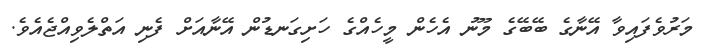
މަރުވެފައިވާ އޭނާގެ ބޭބޭގެ މޫނު އެހެން މީހެއްގެ ހަށިގަނޑުން އޭނާއަށް ފެނި އަތްލެވިއްޖެއެވެ.